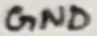
Text: GND